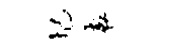
圮袁